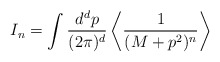
\begin{align*}I_n= \int\frac{d^dp}{(2\pi)^d}\left\langle \frac{1}{(M+p^2)^n}\right\rangle\end{align*}